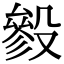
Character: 𣪶